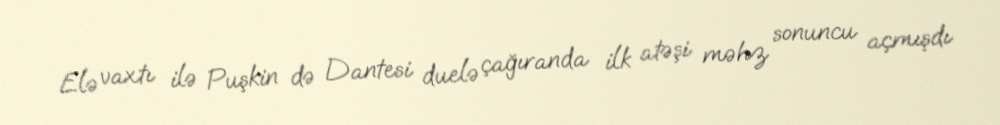
Elə vaxtı ilə Puşkin də Dantesi duelə çağıranda ilk atəşi məhz sonuncu açmışdı